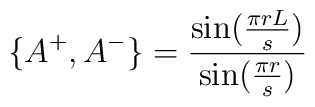
\{ A^+,A^- \} =\frac{\sin(\frac{\pi rL}{s})}{\sin(\frac{\pi r}{s})}